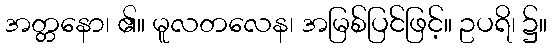
အတ္တနော၊ ၏။ မူလတလေန၊ အမြစ်ပြင်ဖြင့်။ ဥပရိ၊ ၌။